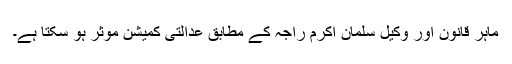
ماہرِ قانون اور وکیل سلمان اکرم راجہ کے مطابق عدالتی کمیشن موثر ہو سکتا ہے۔